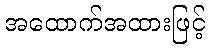
အထောက်အထားဖြင့်